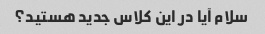
سلام آیا در این کلاس جدید هستید؟